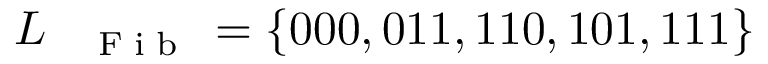
L _ { \mathrm { ~ \tiny ~ \textnormal ~ { ~ F ~ i ~ b ~ } ~ } } = \{ 0 0 0 , 0 1 1 , 1 1 0 , 1 0 1 , 1 1 1 \}